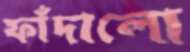
ফাঁদালো